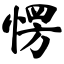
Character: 愣